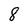
Character: 8